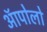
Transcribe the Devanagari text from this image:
ऑपोलो